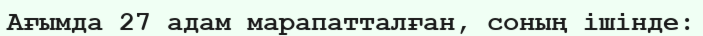
Ағымда 27 адам марапатталған, соның ішінде: